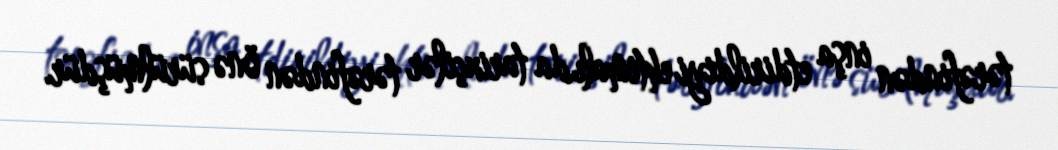
tərəfindən inşa etdirildiyi ehtimalı da tarixçilər tərəfindən önə sürülmüşdür.